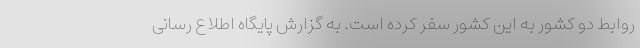
روابط دو کشور به این کشور سفر کرده است. به گزارش پایگاه اطلاع رسانی